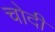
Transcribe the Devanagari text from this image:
चोदी